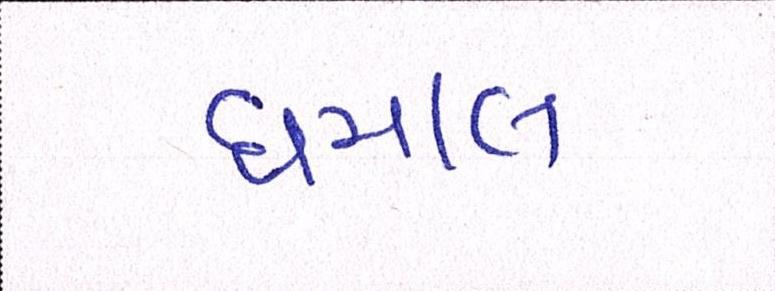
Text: ધમાલ